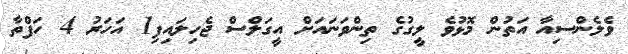
ވެލެންސިއާ އަތުން މޮޅުވެ ލީގުގެ ތިންވަނައަށް އީގަލްސް ޖެހިލައިފި1 އަހަރު 4 ހަފްތާ